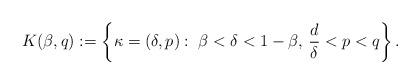
LaTeX: \begin{align*}K(\beta,q):=\left\{\kappa=(\delta, p): \; \beta< \delta< 1-\beta, \, \frac d\delta < p < q \right\}.\end{align*}